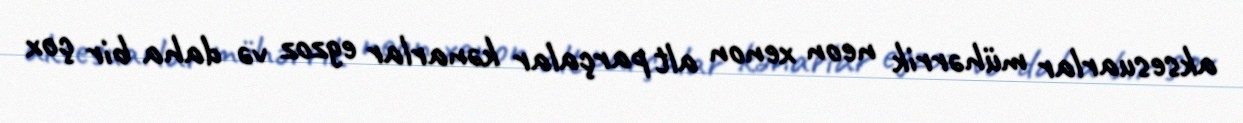
aksesuarlar mühərrik neon xenon alt parçalar kənarlar egzoz və daha bir çox